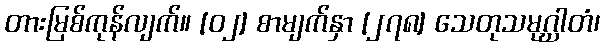
တားမြစ်ကုန်လျက်။ [၀၂] စာမျက်နှာ [၂၇၈] သေတုသမုဂ္ဃါတံ၊